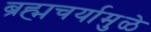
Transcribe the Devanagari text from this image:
ब्रह्मचर्यामुळे